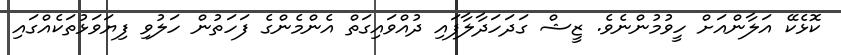
ކޮޅެކޭ އަލާންއަށް ހީވުމުންނެވެ. ޒީޝް ގަދަހަދާލާފައި ދުއްވައިގަތް އެންމެންގެ ފަހަތުން ހަލުވި ފިޔަވަޅުތަކެއްގައި